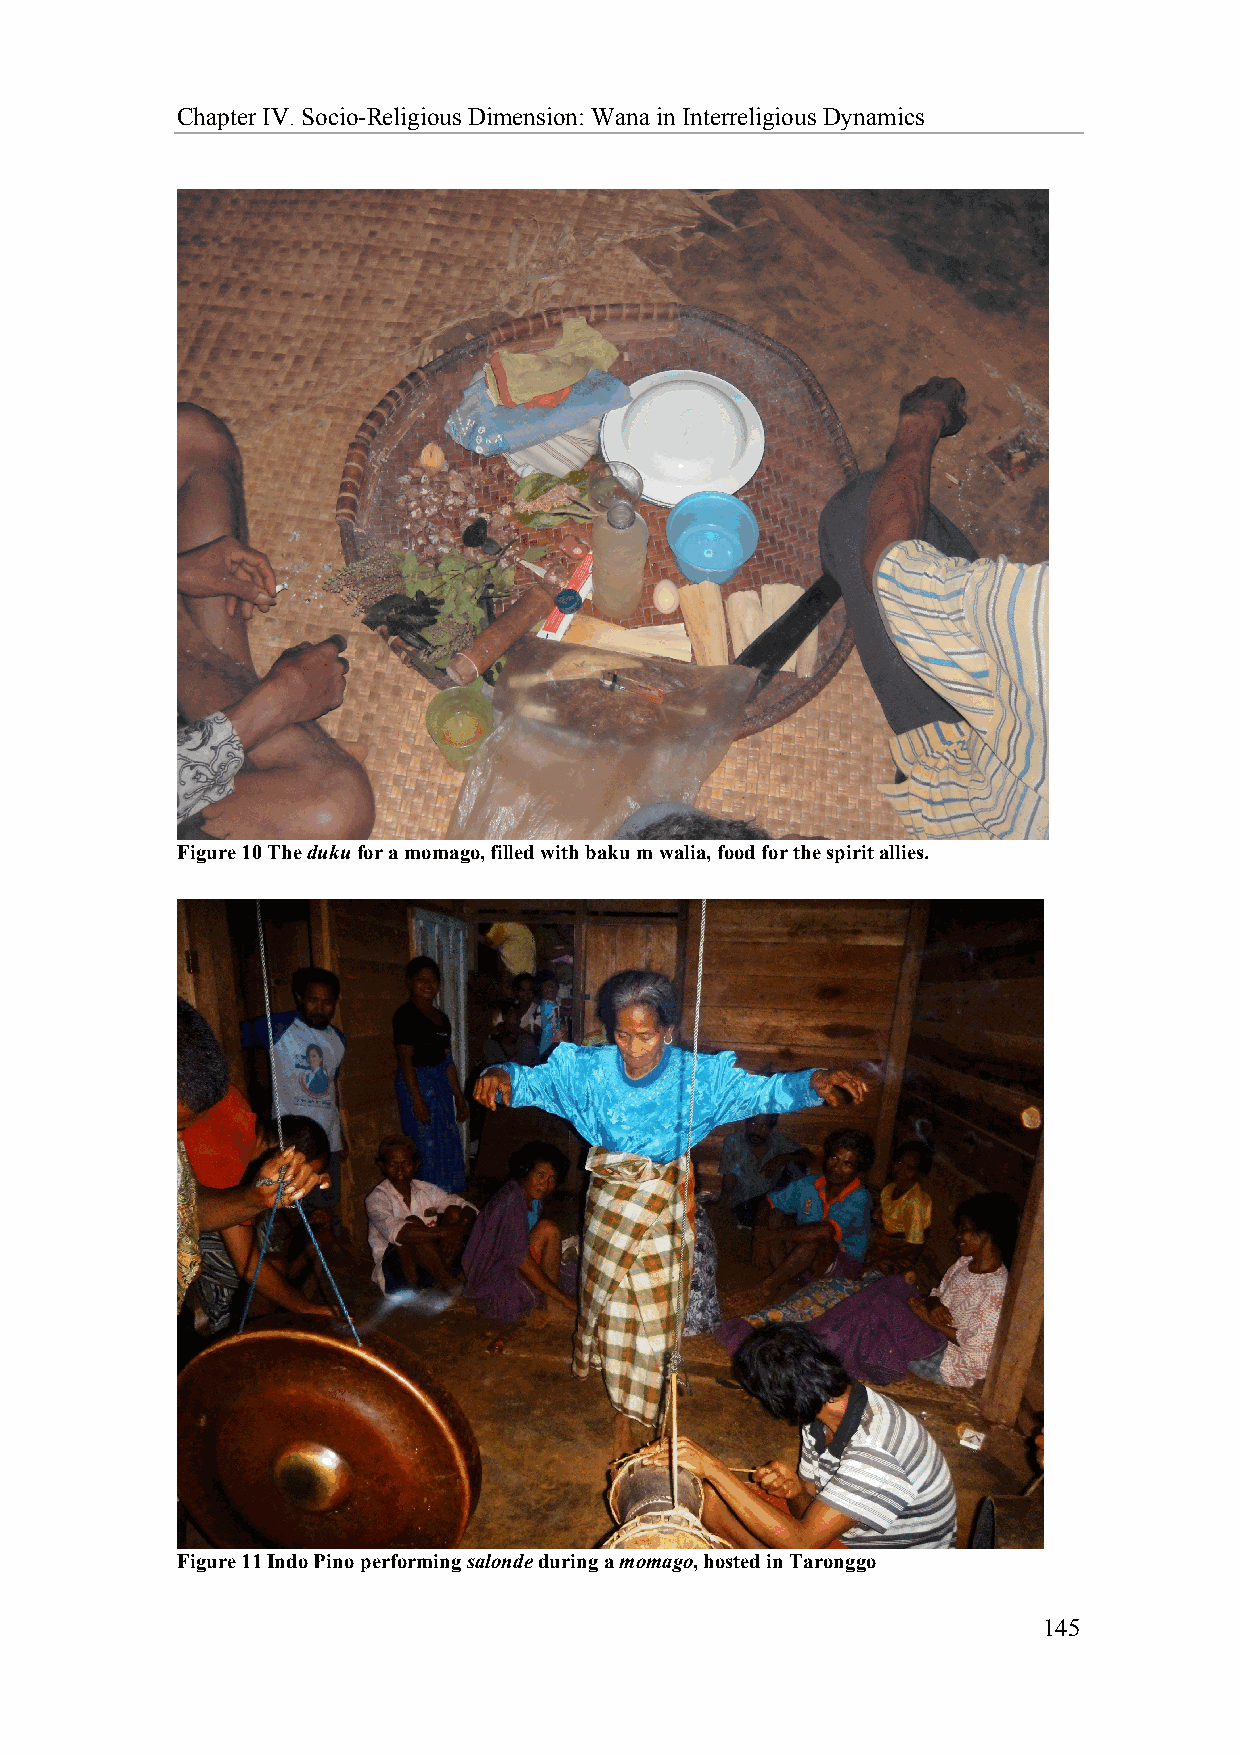
Chapter IV. Socio-Religious Dimension: Wana in Interreligious Dynamics
 Figure 10 The duku for a momago, filled with baku m walia, food for the spirit allies.
 Figure 11 Indo Pino performing salonde during a momago, hosted in Taronggo
 Figure 09.
 145